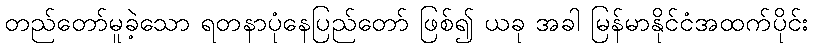
တည်တော်မူခဲ့သော ရတနာပုံနေပြည်တော် ဖြစ်၍ ယခု အခါ မြန်မာနိုင်ငံအထက်ပိုင်း